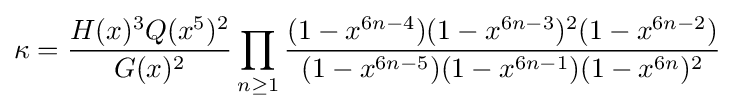
\kappa ={\frac {H(x)^{3}Q(x^{5})^{2}}{G(x)^{2}}}\prod _{n\geq 1}{\frac {(1-x^{6n-4})(1-x^{6n-3})^{2}(1-x^{6n-2})}{(1-x^{6n-5})(1-x^{6n-1})(1-x^{6n})^{2}}}